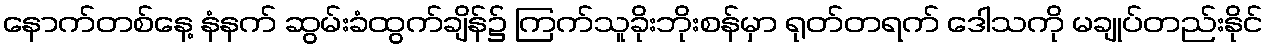
နောက်တစ်နေ့ နံနက် ဆွမ်းခံထွက်ချိန်၌ ကြက်သူခိုးဘိုးစန်မှာ ရုတ်တရက် ဒေါသကို မချုပ်တည်းနိုင်